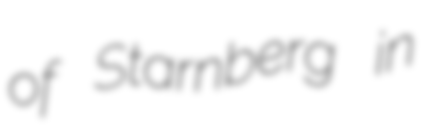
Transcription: of Starnberg in